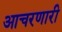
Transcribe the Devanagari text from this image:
आचरणारी